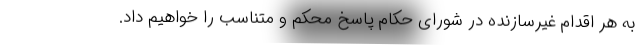
به هر اقدام غیرسازنده در شورای حكام پاسخ محكم و متناسب را خواهيم داد.